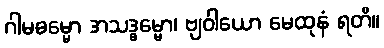
ဂါမဓမ္မော အသဒ္ဓမ္မော၊ ဗျဝါယော မေထုနံ ရတိ။